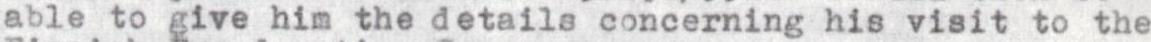
able to give him the details concerning his visit to the